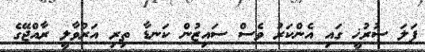
ފަލަ ސުރުޚީ ގައި އެންކަރު ވެސް ސައިޒުން ކަނޑާ ތިރި އަރުވާލީ ރާއްޖޭގެ